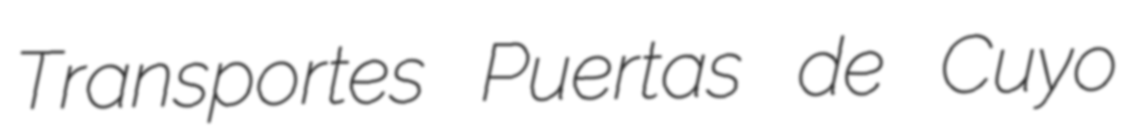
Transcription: Transportes Puertas de Cuyo